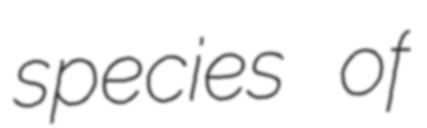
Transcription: species of